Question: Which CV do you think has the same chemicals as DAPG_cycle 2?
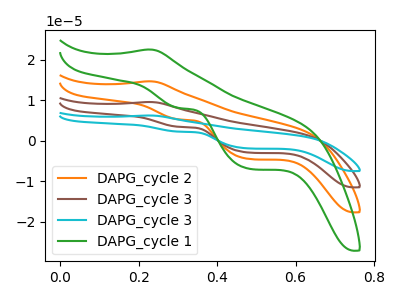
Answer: <think>The orange curve "DAPG_cycle 2" has an anodic peak at (0.20V, 14.70uA) and cathodic peaks at (0.30V, 5.25uA) (0.50V, -4.50uA). The brown curve "DAPG_cycle 3" has an anodic peak at (0.20V, 29.35uA) and cathodic peaks at (0.30V, 10.50uA) (0.50V, -9.05uA). The cyan curve "DAPG_cycle 3" has an anodic peak at (0.20V, 44.05uA) and cathodic peaks at (0.30V, 15.75uA) (0.50V, -13.55uA). The green curve "DAPG_cycle 1" has an anodic peak at (0.20V, 22.55uA) and cathodic peaks at (0.30V, 8.05uA) (0.50V, -6.95uA).
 All the peaks in "DAPG_cycle 2" have a peak in "DAPG_cycle 3" at the same potential. All the peaks in "DAPG_cycle 2" have a peak in "DAPG_cycle 3" at the same potential. All the peaks in "DAPG_cycle 2" have a peak in "DAPG_cycle 1" at the same potential. All the peaks in "DAPG_cycle 3" have a peak in "DAPG_cycle 3" at the same potential. All the peaks in "DAPG_cycle 3" have a peak in "DAPG_cycle 1" at the same potential. All the peaks in "DAPG_cycle 3" have a peak in "DAPG_cycle 1" at the same potential.</think>
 <answer>"DAPG_cycle 2", "DAPG_cycle 3" and "DAPG_cycle 3" have a similar shape to "DAPG_cycle 1".</answer>
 <eval>"DAPG_cycle 2" "DAPG_cycle 3" "DAPG_cycle 3"</eval>